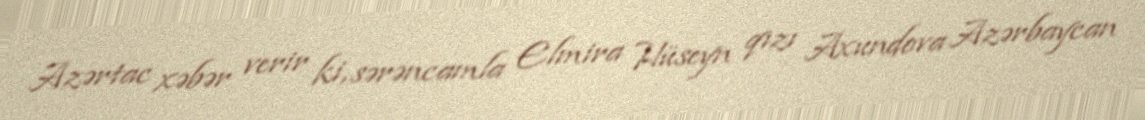
Azərtac xəbər verir ki, sərəncamla Elmira Hüseyn qızı Axundova Azərbaycan